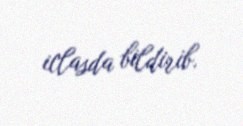
iclasda bildirib.